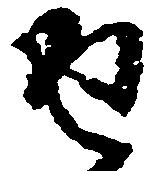
返